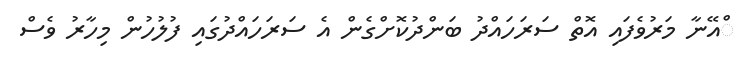
ްއޭނާ މަރުވެފައި އޮތް ސަރަހައްދު ބަންދުކޮށްގެން އެ ސަރަހައްދުގައި ފުލުހުން މިހާރު ވެސް